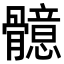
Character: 𩪣